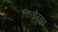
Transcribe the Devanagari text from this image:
चित्तौरगढ़